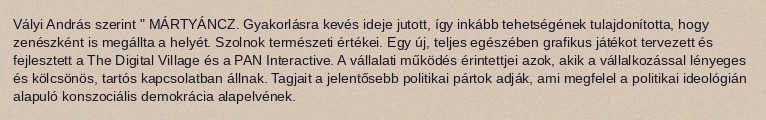
Vályi András szerint " MÁRTYÁNCZ. Gyakorlásra kevés ideje jutott, így inkább tehetségének tulajdonította, hogy zenészként is megállta a helyét. Szolnok természeti értékei. Egy új, teljes egészében grafikus játékot tervezett és fejlesztett a The Digital Village és a PAN Interactive. A vállalati működés érintettjei azok, akik a vállalkozással lényeges és kölcsönös, tartós kapcsolatban állnak. Tagjait a jelentősebb politikai pártok adják, ami megfelel a politikai ideológián alapuló konszociális demokrácia alapelvének.